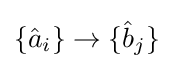
\{{\hat {a}}_{i}\}\rightarrow \{{\hat {b}}_{j}\}